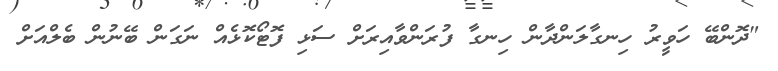
"ދޮންބޭ ހަވީރު ހިނގާލަންދާން ހިނގާ ފުރަންވާއިރަށް ސަޅި ފޮޓޯކޮޅެއް ނަގަން ބޭނުން ބެލްއަށް